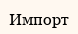
Импорт